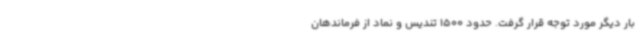
بار دیگر مورد توجه قرار گرفت. حدود 1500 تندیس و نماد از فرماندهان